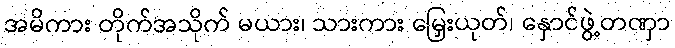
အမိကား တိုက်အသိုက် မယား၊ သားကား မြှေးယုတ်၊ နှောင်ဖွဲ့တဏှာ